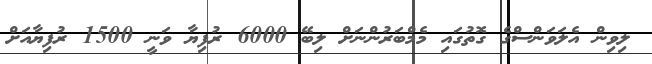
ލިވިން އެލަވަންސްގެ ގޮތުގައި މެމްބަރުންނަށް ލިބޭ 6000 ރުފިޔާ ވަނީ 1500 ރުފިޔާއަށް